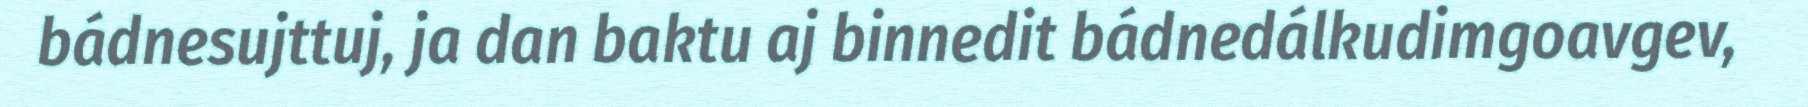
bádnesujttuj, ja dan baktu aj binnedit bádnedálkudimgoavgev,